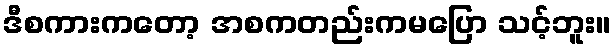
ဒီစကားကတော့ အစကတည်းကမပြော သင့်ဘူး။